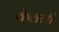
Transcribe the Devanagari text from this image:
केलली